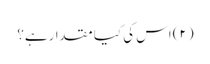
(۲) اس کی کیا مقدارہے؟